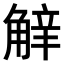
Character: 𧣿